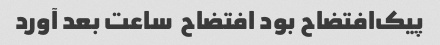
پیک‌افتضاح بود افتضاح  ساعت بعد آورد